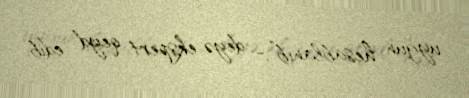
uyğun hesablanıb”,- deyə ekspert qeyd edib.